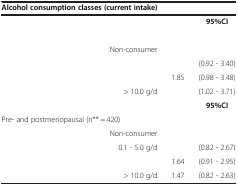
<table><thead><tr><td><b>Alcohol consumption classes (current intake)</b></td><td>[EMPTY_CELL]</td><td>[EMPTY_CELL]</td></tr></thead><tbody><tr><td>[EMPTY_CELL]</td><td>[EMPTY_CELL]</td><td><b>95%CI</b></td></tr><tr><td>[EMPTY_CELL]</td><td>[EMPTY_CELL]</td><td>[EMPTY_CELL]</td></tr><tr><td>Non-consumer</td><td>[EMPTY_CELL]</td><td>[EMPTY_CELL]</td></tr><tr><td>[EMPTY_CELL]</td><td>[EMPTY_CELL]</td><td>(0.92 - 3.40)</td></tr><tr><td>[EMPTY_CELL]</td><td>1.85</td><td>(0.98 - 3.48)</td></tr><tr><td>&gt; 10.0 g/d</td><td>[EMPTY_CELL]</td><td>(1.02 - 3.71)</td></tr><tr><td>[EMPTY_CELL]</td><td>[EMPTY_CELL]</td><td><b>95%CI</b></td></tr><tr><td>Pre- and postmenopausal (n** = 420)</td><td>[EMPTY_CELL]</td><td>[EMPTY_CELL]</td></tr><tr><td>Non-consumer</td><td>[EMPTY_CELL]</td><td>[EMPTY_CELL]</td></tr><tr><td>0.1 - 5.0 g/d</td><td>[EMPTY_CELL]</td><td>(0.82 - 2.67)</td></tr><tr><td>[EMPTY_CELL]</td><td>1.64</td><td>(0.91 - 2.95)</td></tr><tr><td>&gt; 10.0 g/d</td><td>1.47</td><td>(0.82 - 2.63)</td></tr></tbody></table>